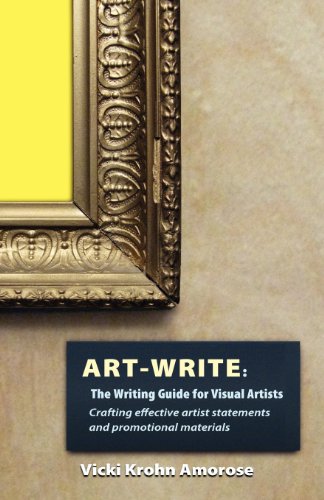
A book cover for Art-Write: The Writing Guide for Visual Artists; Vicki Krohn Amorose; Arts & Photography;